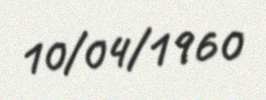
10/04/1960